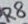
Text: R8